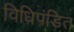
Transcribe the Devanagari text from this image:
विधिपंडित